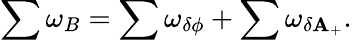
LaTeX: \sum\omega_{B}=\sum\omega_{\delta\phi}+\sum\omega_{\delta\mathbf{A}_{+}}.